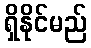
ရှိနိုင်မည်